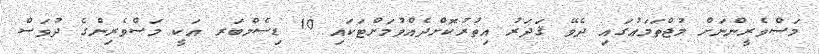
މަސްވެރީންނަށް މުޖްތަމަޢުގައި ދެވޭ ޤަދަރު އިތުރުކޮށްދެއްވުމަށްޓަކައި 10 ޑިސެމްބަރ އަކީ މަސްވެރިންގެ ދުވަސް